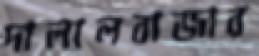
দালালবাজার